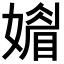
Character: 𡡾